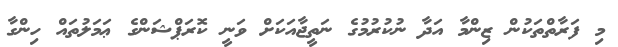
މި ފަރާތްތަކުން ޒިންމާ އަދާ ނުކުރުމުގެ ނަތީޖާއަކަށް ވަނީ ކޮރަޕްޝަންގެ ޢަމަލުތައް ހިންގާ